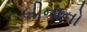
બીનાનો